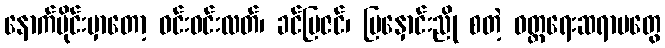
နောက်ပိုင်းမှာတော့ ဝင်းဝင်းလတ်၊ ခင်မြဇင်၊ မြနှောင်းညို စတဲ့ ဝတ္ထရေးဆရာမတွေ